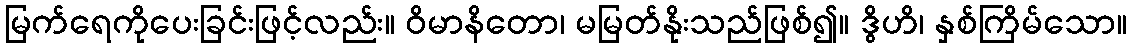
မြက်ရေကိုပေးခြင်းဖြင့်လည်း။ ဝိမာနိတော၊ မမြတ်နိုးသည်ဖြစ်၍။ ဒွိဟိ၊ နှစ်ကြိမ်သော။